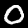
Label: 0